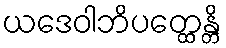
ယဒေဝါဘိပတ္ထေန္တိ